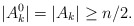
\begin{align*}|A_k^0| = |A_k| \geq n/2.\end{align*}